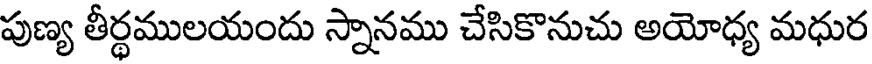
పుణ్య తీర్థములయందు స్నానము చేసికొనుచు అయోధ్య మధుర